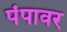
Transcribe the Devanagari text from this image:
पंपावर